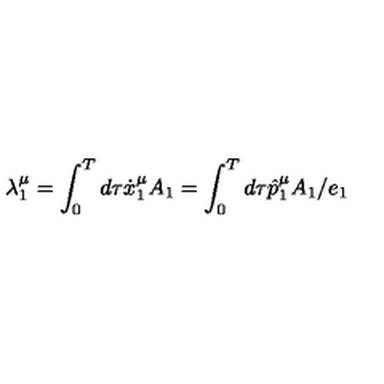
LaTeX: \lambda _ { 1 } ^ { \mu } = \int _ { 0 } ^ { T } d \tau \dot { x } _ { 1 } ^ { \mu } A _ { 1 } = \int _ { 0 } ^ { T } d \tau \hat { p } _ { 1 } ^ { \mu } A _ { 1 } / e _ { 1 }